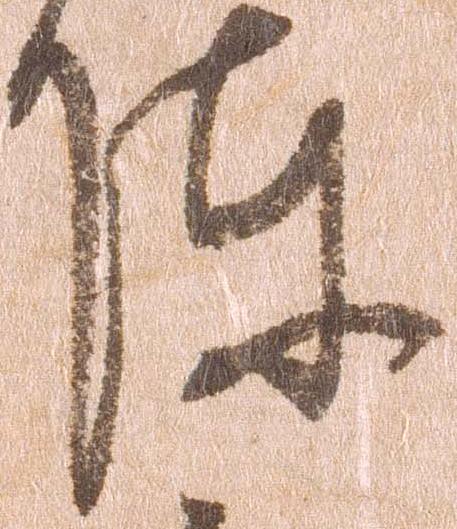
陣